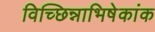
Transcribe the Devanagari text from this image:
विच्छिन्नाभिषेकांक